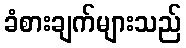
ခံစားချက်များသည်